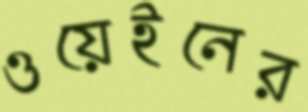
ওয়েইনের